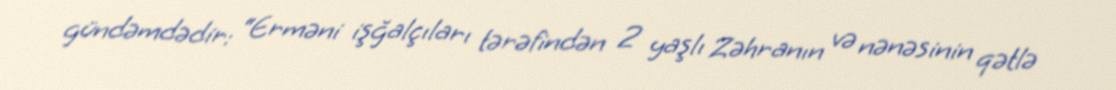
gündəmdədir: “Erməni işğalçıları tərəfindən 2 yaşlı Zəhranın və nənəsinin qətlə